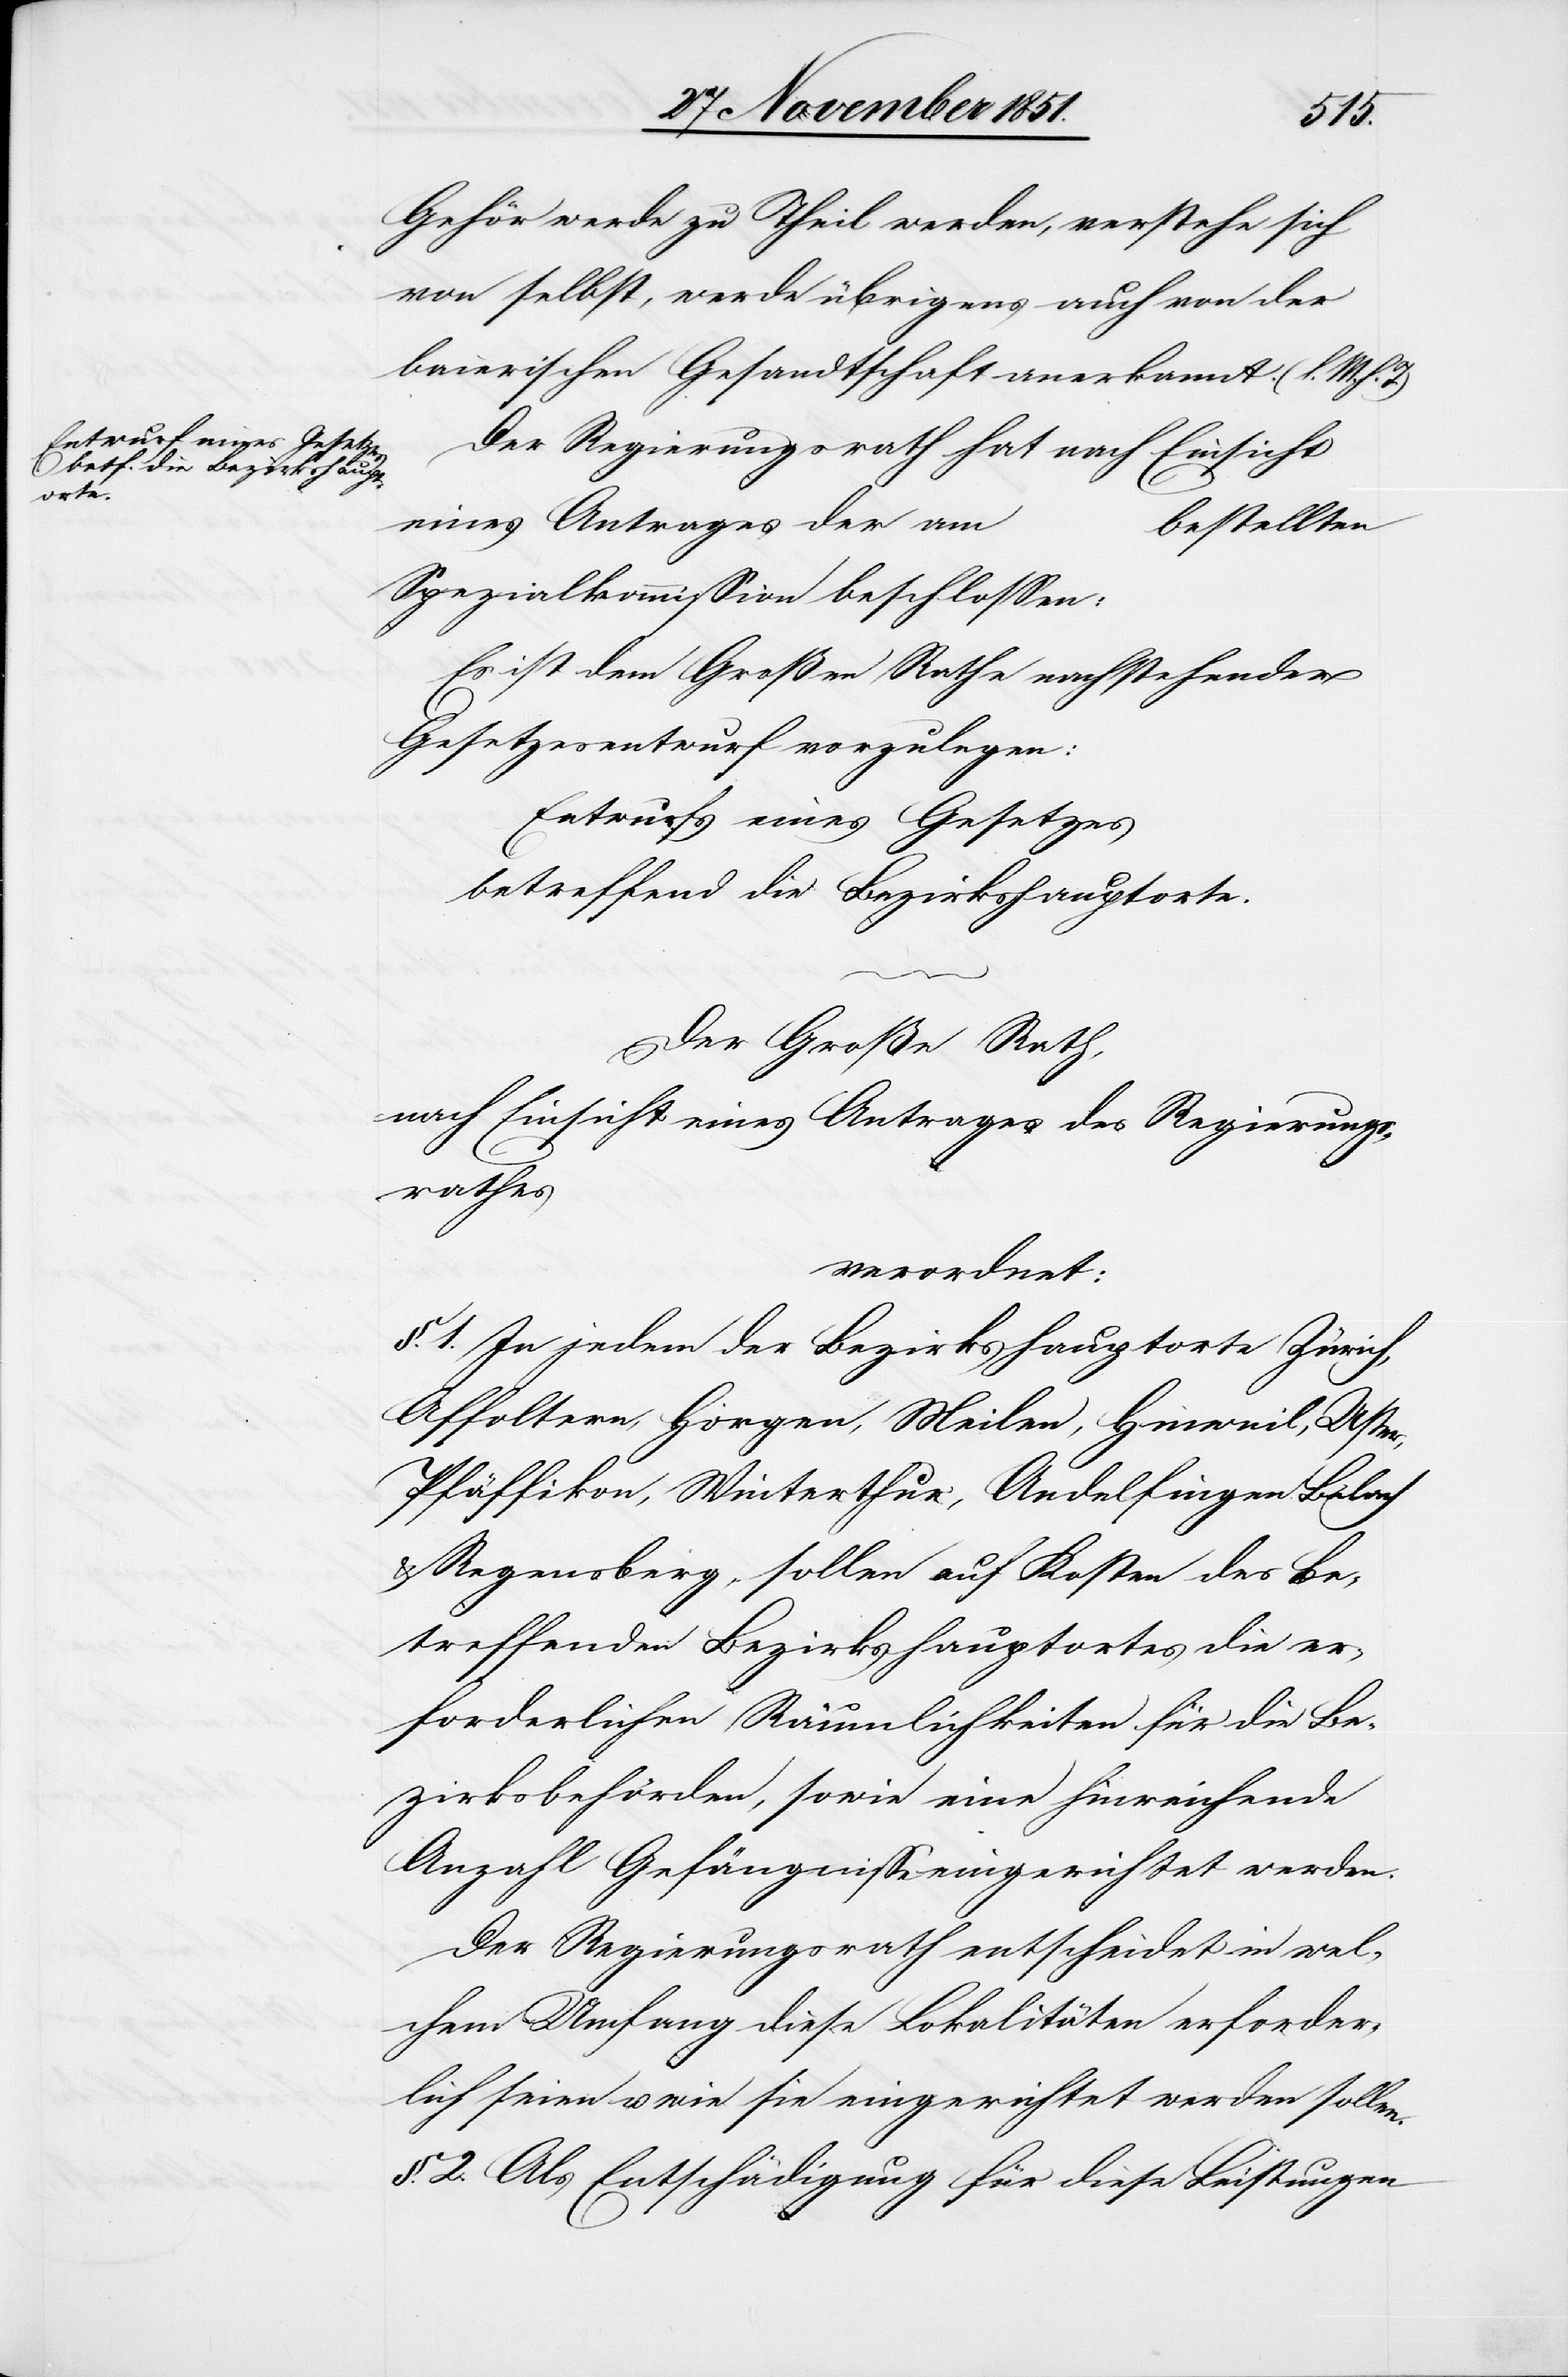
Gehör werde zu Theil werden, verstehe sich
von selbst, werde übrigens auch von der
baierischen Gesandtschaft anerkannt. (l. M.
Der Regierungsrath hat nach Einsicht
eines Antrages der am
________
Spezialkommission beschlossen:
Es ist dem Großen Rathe nachstehender
Gesetzesentwurf vorzulegen:
Entwurfs [sic!] eines Gesetzes
betreffend die Bezirkshauptorte.
Der Große Rath,
nach Einsicht eines Antrages des Regierungs¬
rathes
verordnet:
§. 1. In jedem der Bezirkshauptorte Zürich,
Affoltern, Horgen, Meilen, Hinweil, Uster,
Pfäffikon, Winterthur, Andelfingen[,]
& Regensberg, sollen auf Kosten des be¬
treffenden Bezirkshauptortes die er¬
forderlichen Räumlichkeiten für die Be¬
zirksbehörden, sowie eine hinreichende
Anzahl Gefängnisse eingerichtet werden.
Der Regierungsrath entscheidet in wel¬
chem Umfang diese Lokalitäten erforder¬
lich seien u. wie sie eingerichtet werden sollen.
§. 2. Als Entschädigung für diese Leistungen